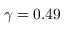
\gamma = 0 . 4 9